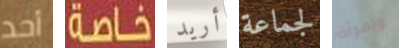
أحد خاصة أريد لجماعة وإمرأة